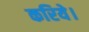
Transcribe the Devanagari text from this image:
करिये।